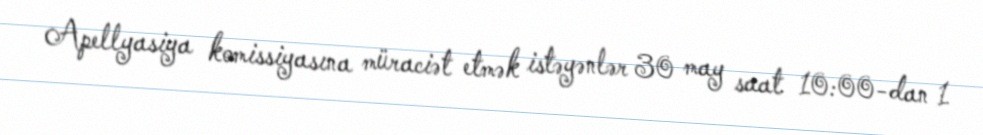
Apellyasiya komissiyasına müraciət etmək istəyənlər 30 may saat 10:00-dan 1